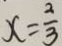
x = \frac { 2 } { 3 }